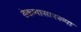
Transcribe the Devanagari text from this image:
ढेकणासारख्या